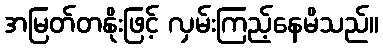
အမြတ်တနိုးဖြင့် လှမ်းကြည့်နေမိသည်။